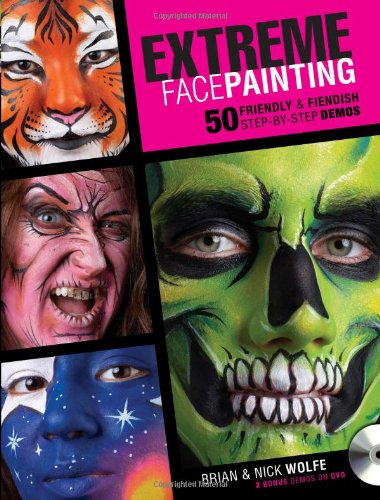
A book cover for Extreme Face Painting: 50 Friendly & Fiendish Step-by-Step Demos; Brian Wolfe; Humor & Entertainment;